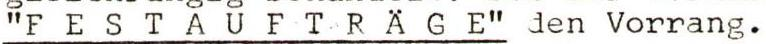
"FESTAUFTRAGE" den Vorrang.